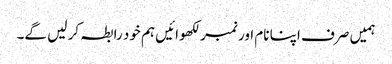
ہمیں صرف اپنا نام اور نمبر لکھوائیں ہم خود رابطہ کر لیں گے۔